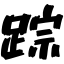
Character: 踪